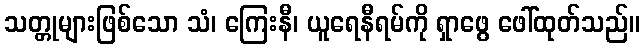
သတ္တုများဖြစ်သော သံ၊ ကြေးနီ၊ ယူရေနီရမ်ကို ရှာဖွေ ဖေါ်ထုတ်သည်။